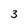
Character: 3